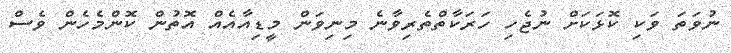
ނުވަތަ ވަކި ކޮޅަކަށް ނުޖެހި ހަރަކާތްތެރިވާނެ މިނިވަން މީޑިއާއެއް އޮތުން ކޮންމެހެން ވެސް